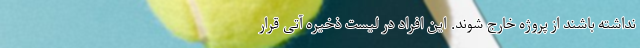
نداشته باشند از پروژه خارج شوند. این افراد در لیست ذخیره آتی قرار